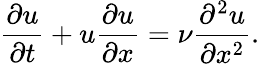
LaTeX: \frac{\partial u}{\partial t}+u\frac{\partial u}{\partial x}=\nu\frac{\partial^{2}u}{\partial x^{2}}.